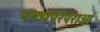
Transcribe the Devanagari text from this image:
नाट्यपरंपराओं